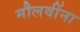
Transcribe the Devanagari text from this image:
मौलवींना